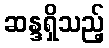
ဆန္ဒရှိသည့်